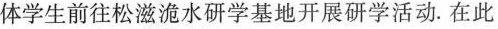
体学生前往松滋洈水研学基地开展研学活动。在此